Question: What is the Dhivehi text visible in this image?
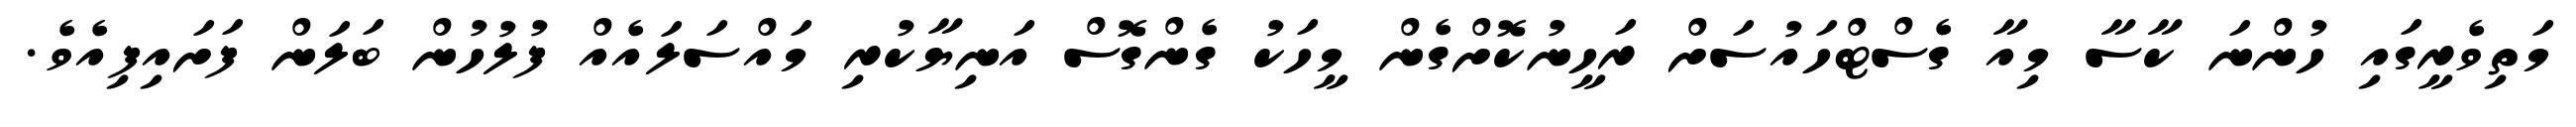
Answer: މަތިވެރީގައި ހުންނަ ކާސާ މިއާ ގެސްޓްހައުސަށް ރަހީނުކޮށްގެން މީހަކު ގެންގޮސް އަނިޔާކުރި މައްސަލައެއް ފުލުހުން ބަލަން ފަށައިފިއެވެ.